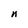
Character: n